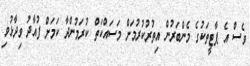
ވެސް އެ ޕާޓީތަކުގެ މެންބަރުން އިތުރުކުރުމަށް މަސައްކަތް ކުރަމުންދާ ކަމަށް ފުއާދު ވިދާޅުވި